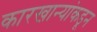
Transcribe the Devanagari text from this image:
कारखान्यांकडून